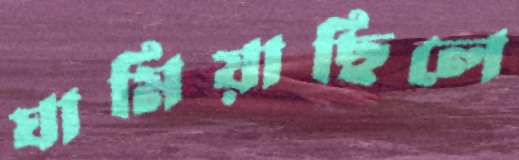
ঘামিয়াছিলে